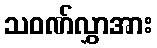
သဝဏ်လွှာအား